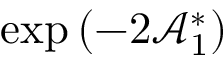
\exp \left( - 2 \mathcal { A } _ { 1 } ^ { \ast } \right)